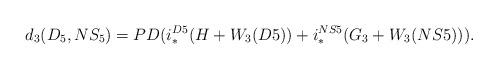
LaTeX: \begin{align*}d_3(D_5,NS_5)=PD(i^{D5}_*(H+W_3(D5))+i^{NS5}_*(G_3+W_3(NS5))).\end{align*}